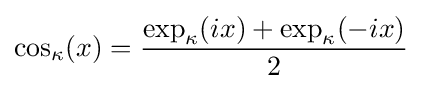
\cos _{\kappa }(x)={\frac {\exp _{\kappa }(ix)+\exp _{\kappa }(-ix)}{2}}